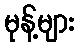
မုန့်များ